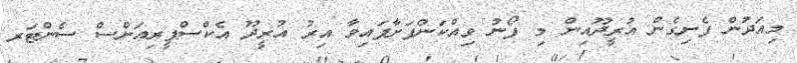
މިއަދުން ފެށިގެން އުރީދޫއިން މި ފޯނު ވިއްކަންފަށާފައިވާ އިރު އުރީދޫ އެކްސްޕީރިއަންސް ސެންޓަރ